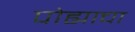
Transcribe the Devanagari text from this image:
पोह्याचा